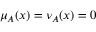
\mu _ { A } ( x ) = \nu _ { A } ( x ) = 0